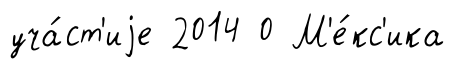
уча́ст'иjе 2014 0 М'е́кс'ика